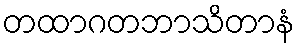
တထာဂတဘာသိတာနံ